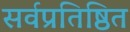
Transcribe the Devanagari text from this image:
सर्वप्रतिष्ठित